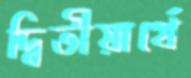
দ্বিতীয়ার্থে